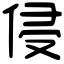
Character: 侵